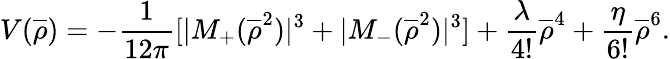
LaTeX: V(\overline{{{\rho}}})=-\frac{1}{12\pi}[|M_{+}(\overline{{{\rho}}}^{2})|^{3}+|M_{-}(\overline{{{\rho}}}^{2})|^{3}]+\frac{\lambda}{4!}\overline{{{\rho}}}^{4}+\frac{\eta}{6!}\overline{{{\rho}}}^{6}.